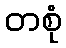
တစုံ